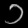
Digit: ၁